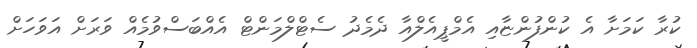
ކުރާ ކަމަަށާ އެ ކުންފުންޏާއި އެމްޕީއެލްއާ ދެމެދު ސެޓްލްމަންޓް އެއްބަސްވުމެއް ވަރަށް އަވަހަށް